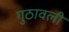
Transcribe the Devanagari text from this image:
गुठावली